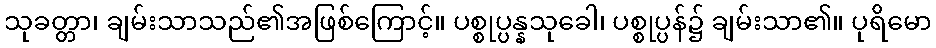
သုခတ္တာ၊ ချမ်းသာသည်၏အဖြစ်ကြောင့်။ ပစ္စုပ္ပန္နသုခေါ၊ ပစ္စုပ္ပန်၌ ချမ်းသာ၏။ ပုရိမော